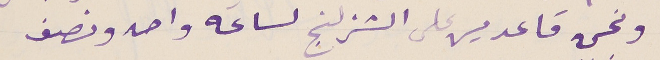
ونحن قاعدين على الشزلنج لساعَه واحد ونصف